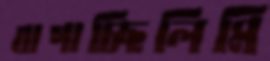
বাগাচ্ছিলিমি